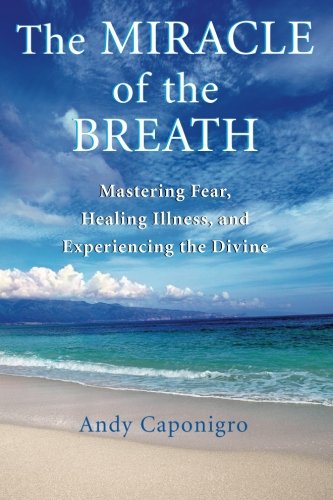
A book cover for The Miracle of the Breath: Mastering Fear, Healing Illness, and Experiencing the Divine; Andy Caponigro; Medical Books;